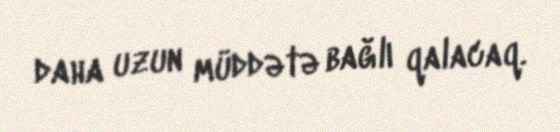
daha uzun müddətə bağlı qalacaq.